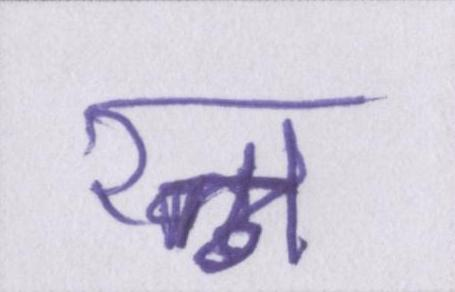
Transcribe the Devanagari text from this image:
रत्न